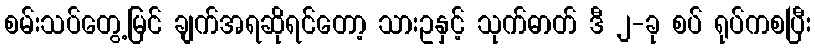
စမ်းသပ်တွေ့မြင် ချက်အရဆိုရင်တော့ သားဥနှင့် သုက်ဓာတ် ဒီ ၂-ခု စပ် ရုပ်ကစပြီး